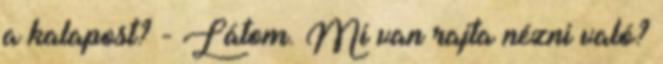
a kalapost? - Látom. Mi van rajta nézni való?